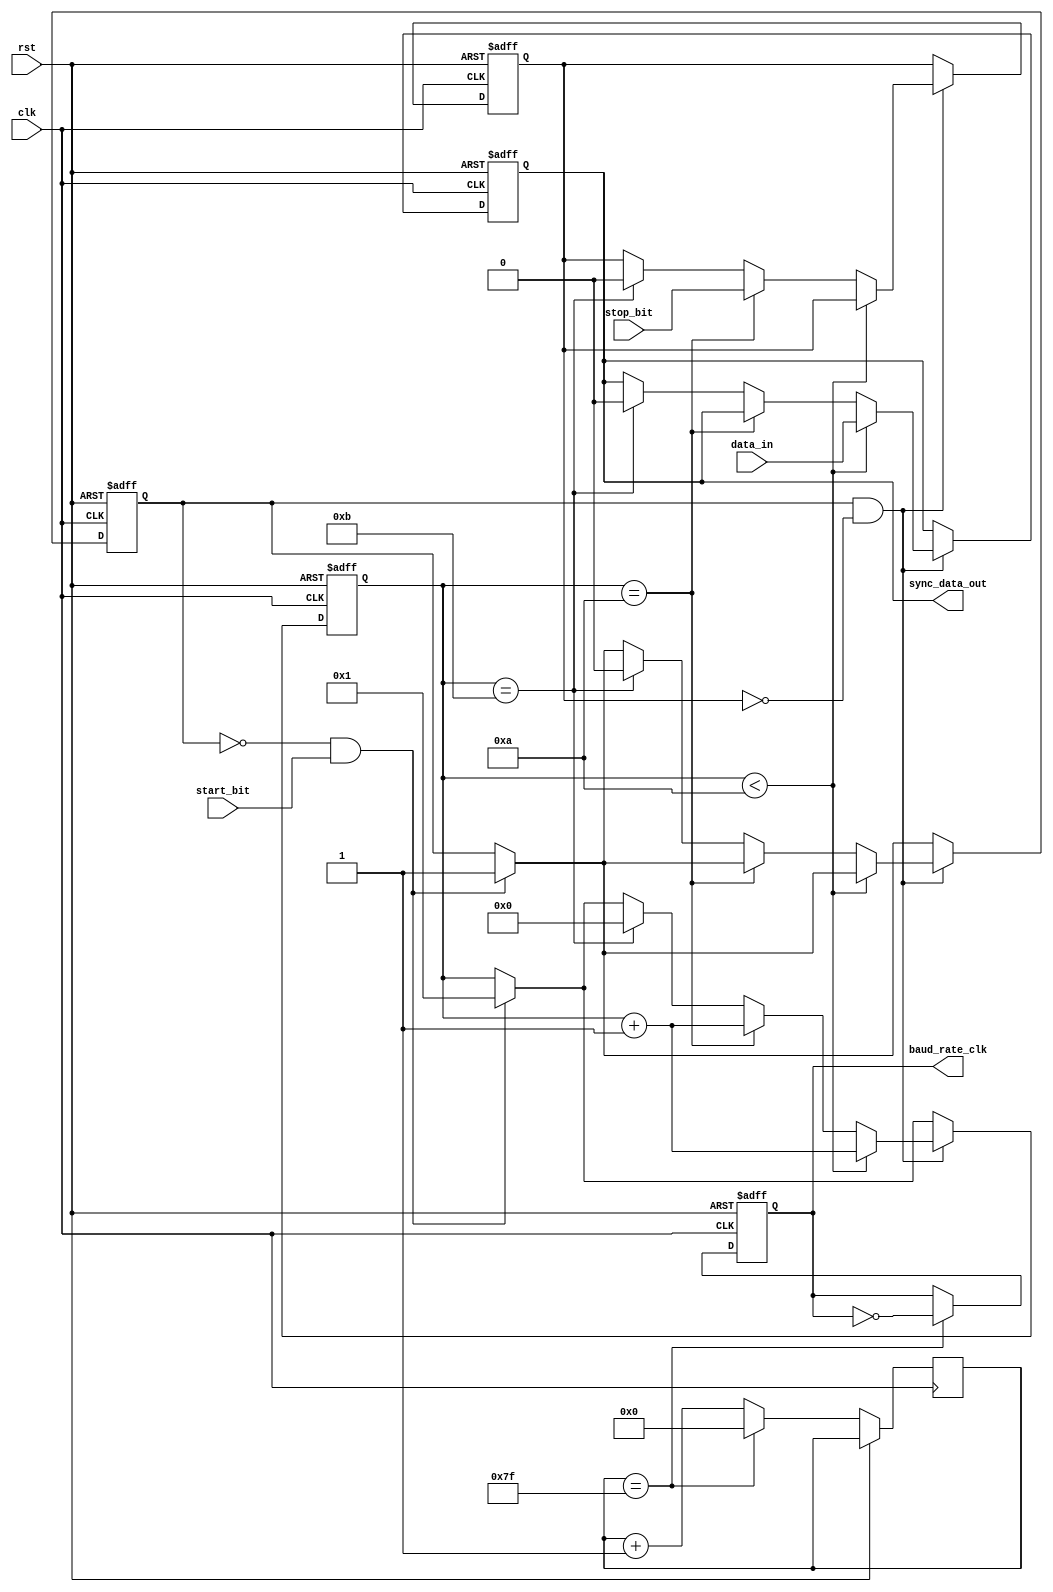
module timing_control(
    input rst,
    input clk,
    input start_bit,
    input stop_bit,
    input data_in,
    output reg baud_rate_clk,
    output reg sync_data_out
    );
    
    reg [7:0] baud_counter;
    reg start_detect;
    reg stop_detect;
    reg [10:0] data_delay; // Assumed 11-bit data length for UART
    
    always @(posedge clk or posedge rst) begin
        if (rst) begin
            baud_rate_clk <= 0;
            start_detect <= 0;
            stop_detect <= 0;
            data_delay <= 0;
            sync_data_out <= 0;
        end else begin
            // Generate baud rate clock
            if (baud_counter == 8'd127) begin
                baud_counter <= 0;
                baud_rate_clk <= ~baud_rate_clk;
            end else begin
                baud_counter <= baud_counter + 1;
            end
            
            // Detect start bit
            if (start_detect == 0 && start_bit) begin
                start_detect <= 1;
                data_delay <= 1;
            end
            
            // Synchronize data out
            if (start_detect && stop_detect == 0) begin
                if (data_delay < 10) begin // Assumed 11-bit data length
                    sync_data_out <= data_in;
                    data_delay <= data_delay + 1;
                end else if (data_delay == 10) begin
                    stop_detect <= stop_bit;
                    data_delay <= data_delay + 1;
                end else if (data_delay == 11) begin
                    start_detect <= 0;
                    sync_data_out <= 0;
                    stop_detect <= 0;
                    data_delay <= 0;
                end
            end
        end
    end
endmodule